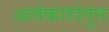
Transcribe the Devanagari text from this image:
अलंकारांतून